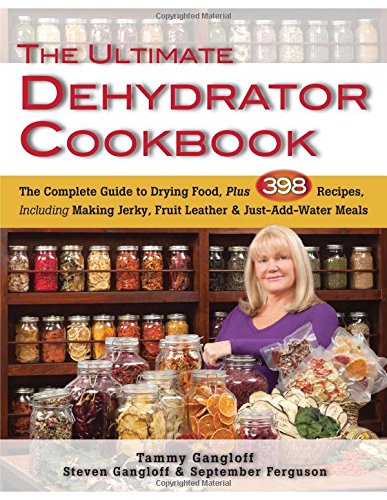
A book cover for Ultimate Dehydrator Cookbook, The: The Complete Guide to Drying Food, Plus 398 Recipes, Including Making Jerky, Fruit Leather & Just-Add-Water Meals; Tammy Gangloff; Cookbooks, Food & Wine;